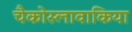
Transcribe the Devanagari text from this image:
चैकोस्लावाकिया